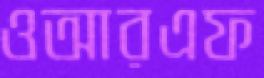
ওআরএফ